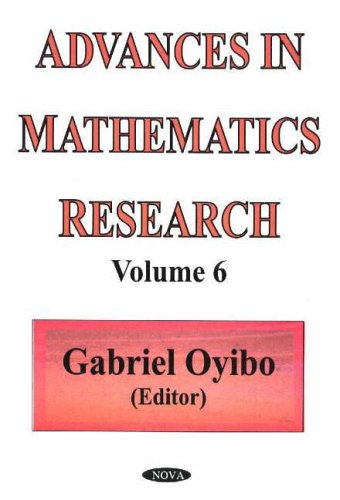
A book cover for Advances in Mathematics Research; Science & Math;